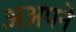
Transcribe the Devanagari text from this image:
अअपने